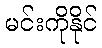
မင်းကိုနိုင်